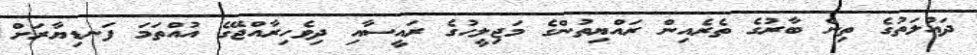
ދައުލަތުގެ ތިން ބާރުގެ ތެރެއިން ރައްޔިތުންގެ މަޖިލީހުގެ ރައީސާއި ދިވެހިރާއްޖޭގެ އުއްތަމަ ފަނޑިޔާރަށް